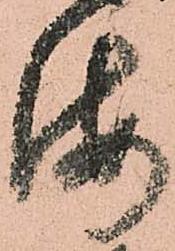
海